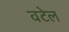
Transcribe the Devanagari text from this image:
वटेल